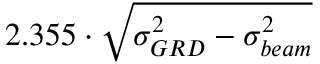
2 . 3 5 5 \cdot \sqrt { \sigma _ { G R D } ^ { 2 } - \sigma _ { b e a m } ^ { 2 } }